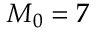
M _ { 0 } = 7